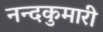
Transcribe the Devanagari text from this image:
नन्दकुमारी